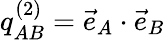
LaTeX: q_{AB}^{(2)}={\vec{e}}_{A}\cdot{\vec{e}}_{B}